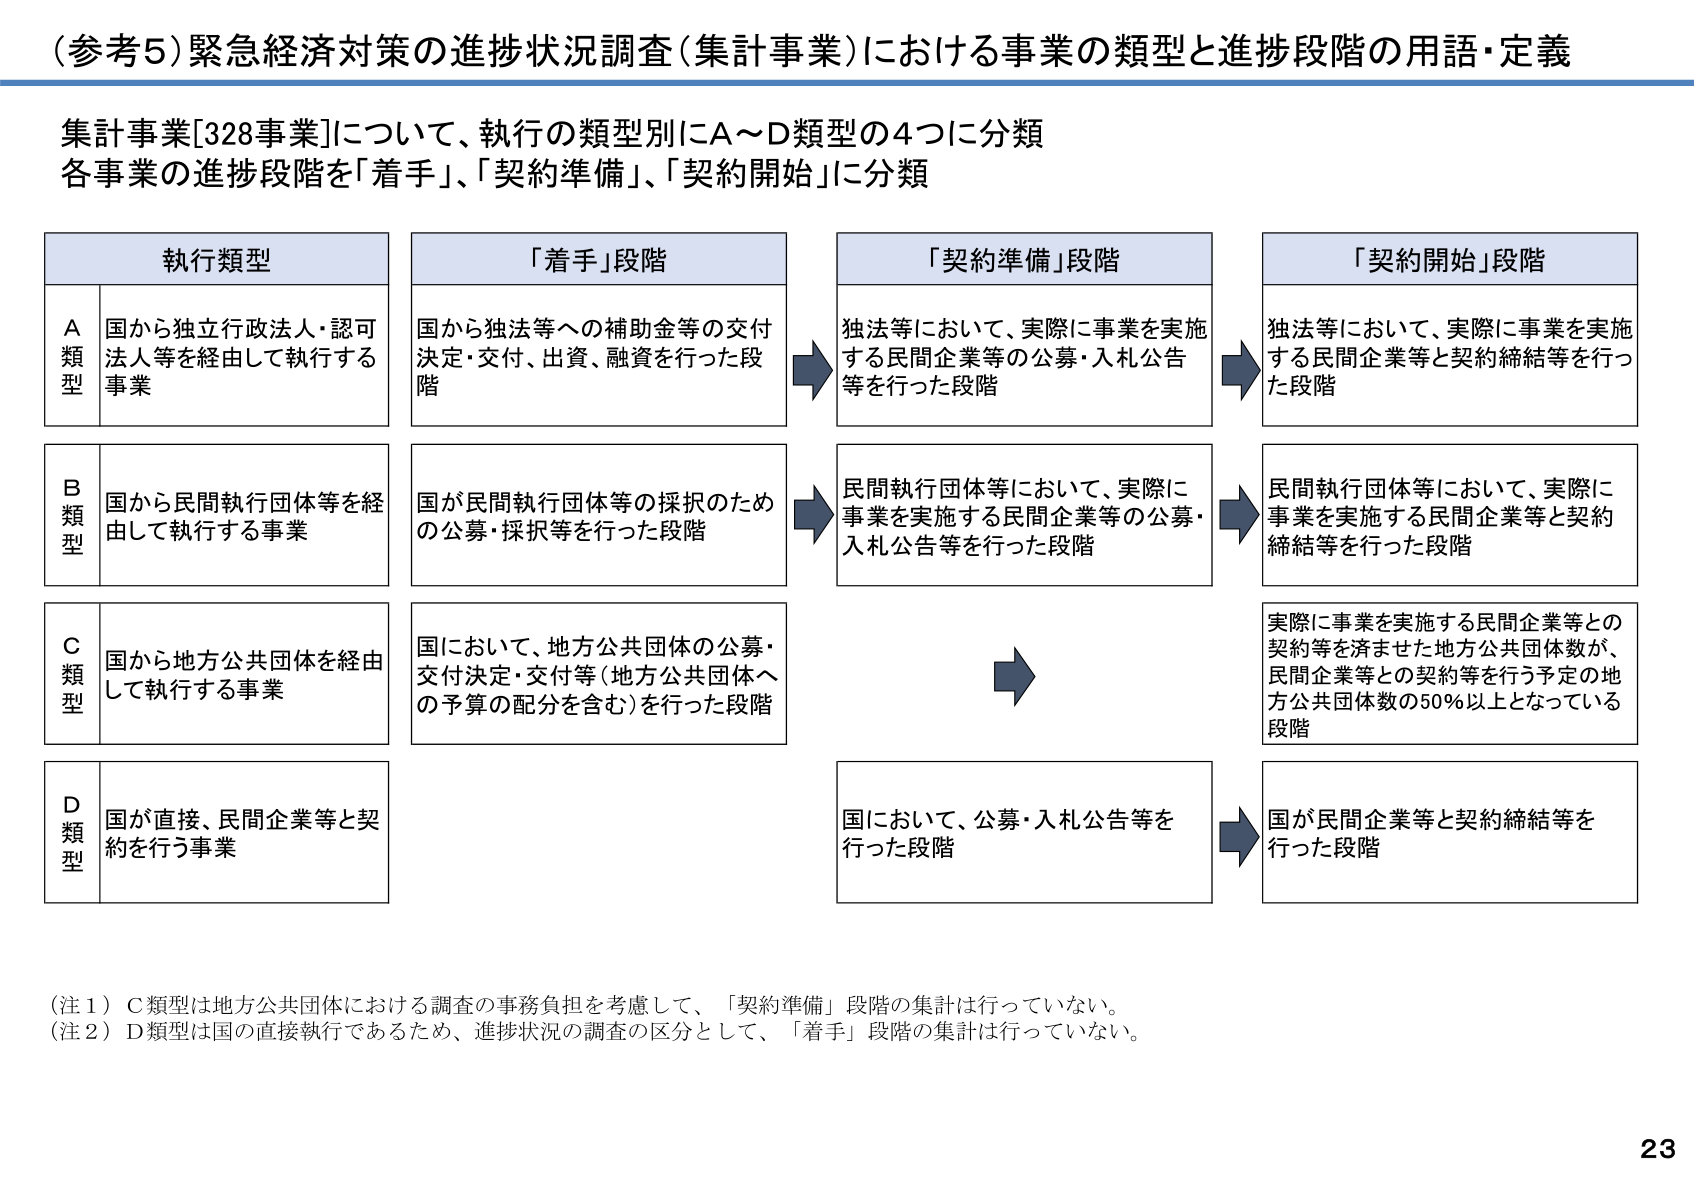
（参考5）緊急経済対策の進捗状況調査（集計事業）における事業の類型と進捗段階の用語・定義

集計事業[328事業]について、執行の類型別にA～D類型の4つに分類
各事業の進捗段階を「着手」、「契約準備」、「契約開始」に分類

執行類型
A類型　国から独立行政法人・認可法人等を経由して執行する事業
B類型　国から民間執行団体等を経由して執行する事業
C類型　国から地方公共団体を経由して執行する事業
D類型　国が直接、民間企業等と契約を行う事業

「着手」段階
国から独法等への補助金等の交付決定・交付、出資、融資を行った段階
国が民間執行団体等の採択のための公募・採択等を行った段階
国において、地方公共団体の公募・交付決定・交付等（地方公共団体への予算の配分を含む）を行った段階

「契約準備」段階
独法等において、実際に事業を実施する民間企業等の公募・入札公告等を行った段階
民間執行団体等において、実際に事業を実施する民間企業等の公募・入札公告等を行った段階
国において、公募・入札公告等を行った段階

「契約開始」段階
独法等において、実際に事業を実施する民間企業等と契約締結等を行った段階
民間執行団体等において、実際に事業を実施する民間企業等と契約締結等を行った段階
実際に事業を実施する民間企業等との契約等を済ませた地方公共団体数が、民間企業等との契約等を行う予定の地方公共団体数の50％以上となっている段階
国が民間企業等と契約締結等を行った段階

（注1）C類型は地方公共団体における調査の事務負担を考慮して、「契約準備」段階の集計は行っていない。
（注2）D類型は国の直接執行であるため、進捗状況の調査の区分として、「着手」段階の集計は行っていない。

23